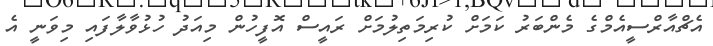
އެޗްއާރްސީއެމްގެ މެންބަރު ކަމަށް ކުރިމަތިލުމަށް ރައީސް އޮފީހުން މިއަދު ހުޅުވާލާފައި މިވަނީ އެ